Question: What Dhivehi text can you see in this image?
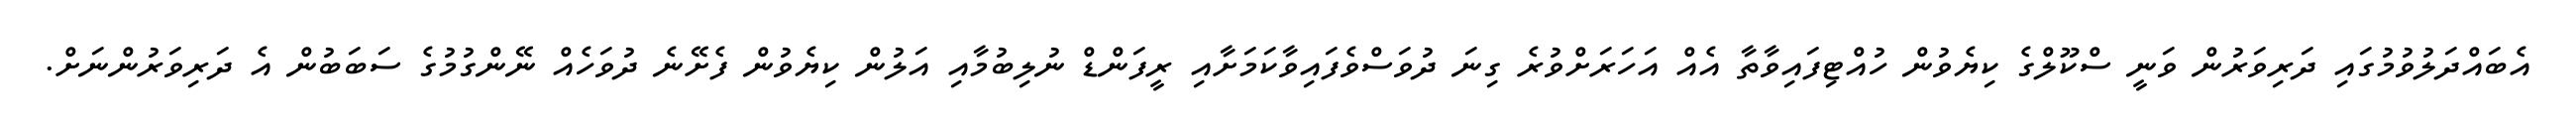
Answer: އެބައްދަލުވުމުގައި ދަރިވަރުން ވަނީ ސްކޫލްގެ ކިޔެވުން ހުއްޓިފައިވާތާ އެއް އަހަރަށްވުރެ ގިނަ ދުވަސްވެފައިވާކަމަށާއި ރީފަންޑް ނުލިބުމާއި އަލުން ކިޔެވުން ފެށޭނެ ދުވަހެއް ނޭންގުމުގެ ސަބަބުން އެ ދަރިވަރުންނަށް.